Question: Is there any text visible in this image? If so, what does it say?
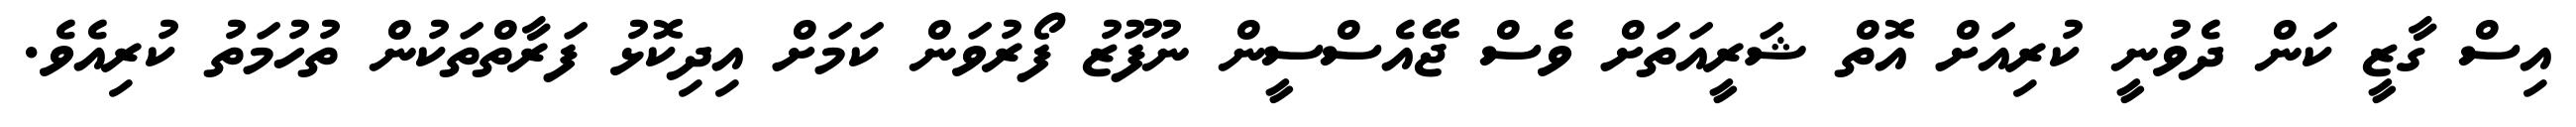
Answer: އިސް ގާޒީ ކަން ދެވުނީ ކުރިއަށް އޮތް ޝަރީއަތަށް ވެސް ޖޭއެސްސީން ނުފޫޒު ފޯރުވަން ކަމަށް އިދިކޮޅު ފަރާތްތަކުން ތުހުމަތު ކުރިއެވެ.